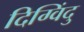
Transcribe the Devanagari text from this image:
दिग्विंदु